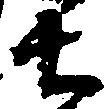
士